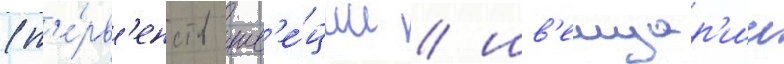
(п'е́рв'енств шв'е́ции / шв'еицар'ии